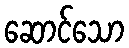
ဆောင်သော